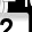
Digit: 2